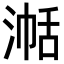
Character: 𪶞